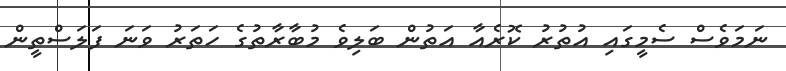
ނަމަވެސް ސެމީގައި އުތުރު ކޮރެއާ އަތުން ބަލިވެ މުބާރާތުގެ ހަތަރު ވަނަ ފަލަސްތީން